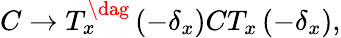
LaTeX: C\rightarrow T_{x}^{\dag}\left(-\delta_{x}\right)CT_{x}\left(-\delta_{x}\right),